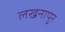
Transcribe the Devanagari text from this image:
लखनापुर